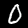
Label: 0